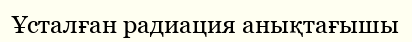
Ұсталған радиация анықтағышы